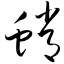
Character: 蛸